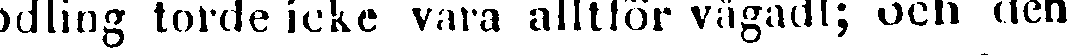
odling torde icke vara alltför vågadt; och den